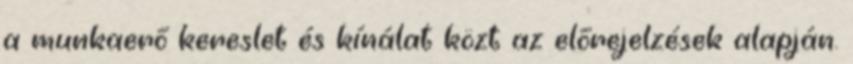
a munkaerő kereslet és kínálat közt az előrejelzések alapján.